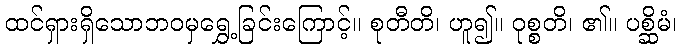
ထင်ရှားရှိသောဘဝမှရွှေ့ခြင်းကြောင့်။ စုတီတိ၊ ဟူ၍။ ဝုစ္စတိ၊ ၏။ ပစ္ဆိမံ၊